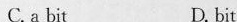
C.a bit D. bit